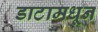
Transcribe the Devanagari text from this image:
डाटामधून